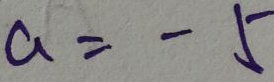
a = - 5